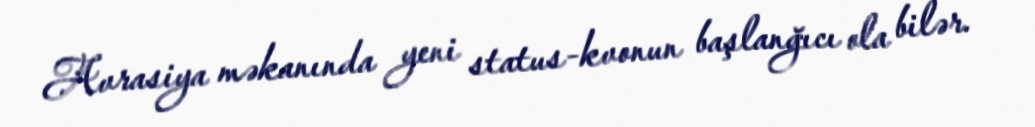
Avrasiya məkanında yeni status-kvonun başlanğıcı ola bilər.